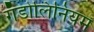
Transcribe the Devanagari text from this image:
गॅडोलिनियम